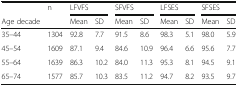
<table><thead><tr><td></td><td><b>n</b></td><td colspan="2"><b>LFVFS</b></td><td colspan="2"><b>SFVFS</b></td><td colspan="2"><b>LFSES</b></td><td colspan="2"><b>SFSES</b></td></tr><tr><td><b>Age decade</b></td><td></td><td><b>Mean</b></td><td><b>SD</b></td><td><b>Mean</b></td><td><b>SD</b></td><td><b>Mean</b></td><td><b>SD</b></td><td><b>Mean</b></td><td><b>SD</b></td></tr></thead><tbody><tr><td>35–44</td><td>1304</td><td>92.8</td><td>7.7</td><td>91.5</td><td>8.6</td><td>98.3</td><td>5.1</td><td>98.0</td><td>5.9</td></tr><tr><td>45–54</td><td>1609</td><td>87.1</td><td>9.4</td><td>84.6</td><td>10.9</td><td>96.4</td><td>6.6</td><td>95.6</td><td>7.7</td></tr><tr><td>55–64</td><td>1639</td><td>86.3</td><td>10.2</td><td>84.0</td><td>11.3</td><td>95.3</td><td>8.1</td><td>94.5</td><td>9.1</td></tr><tr><td>65–74</td><td>1577</td><td>85.7</td><td>10.3</td><td>83.5</td><td>11.2</td><td>94.7</td><td>8.2</td><td>93.5</td><td>9.7</td></tr></tbody></table>